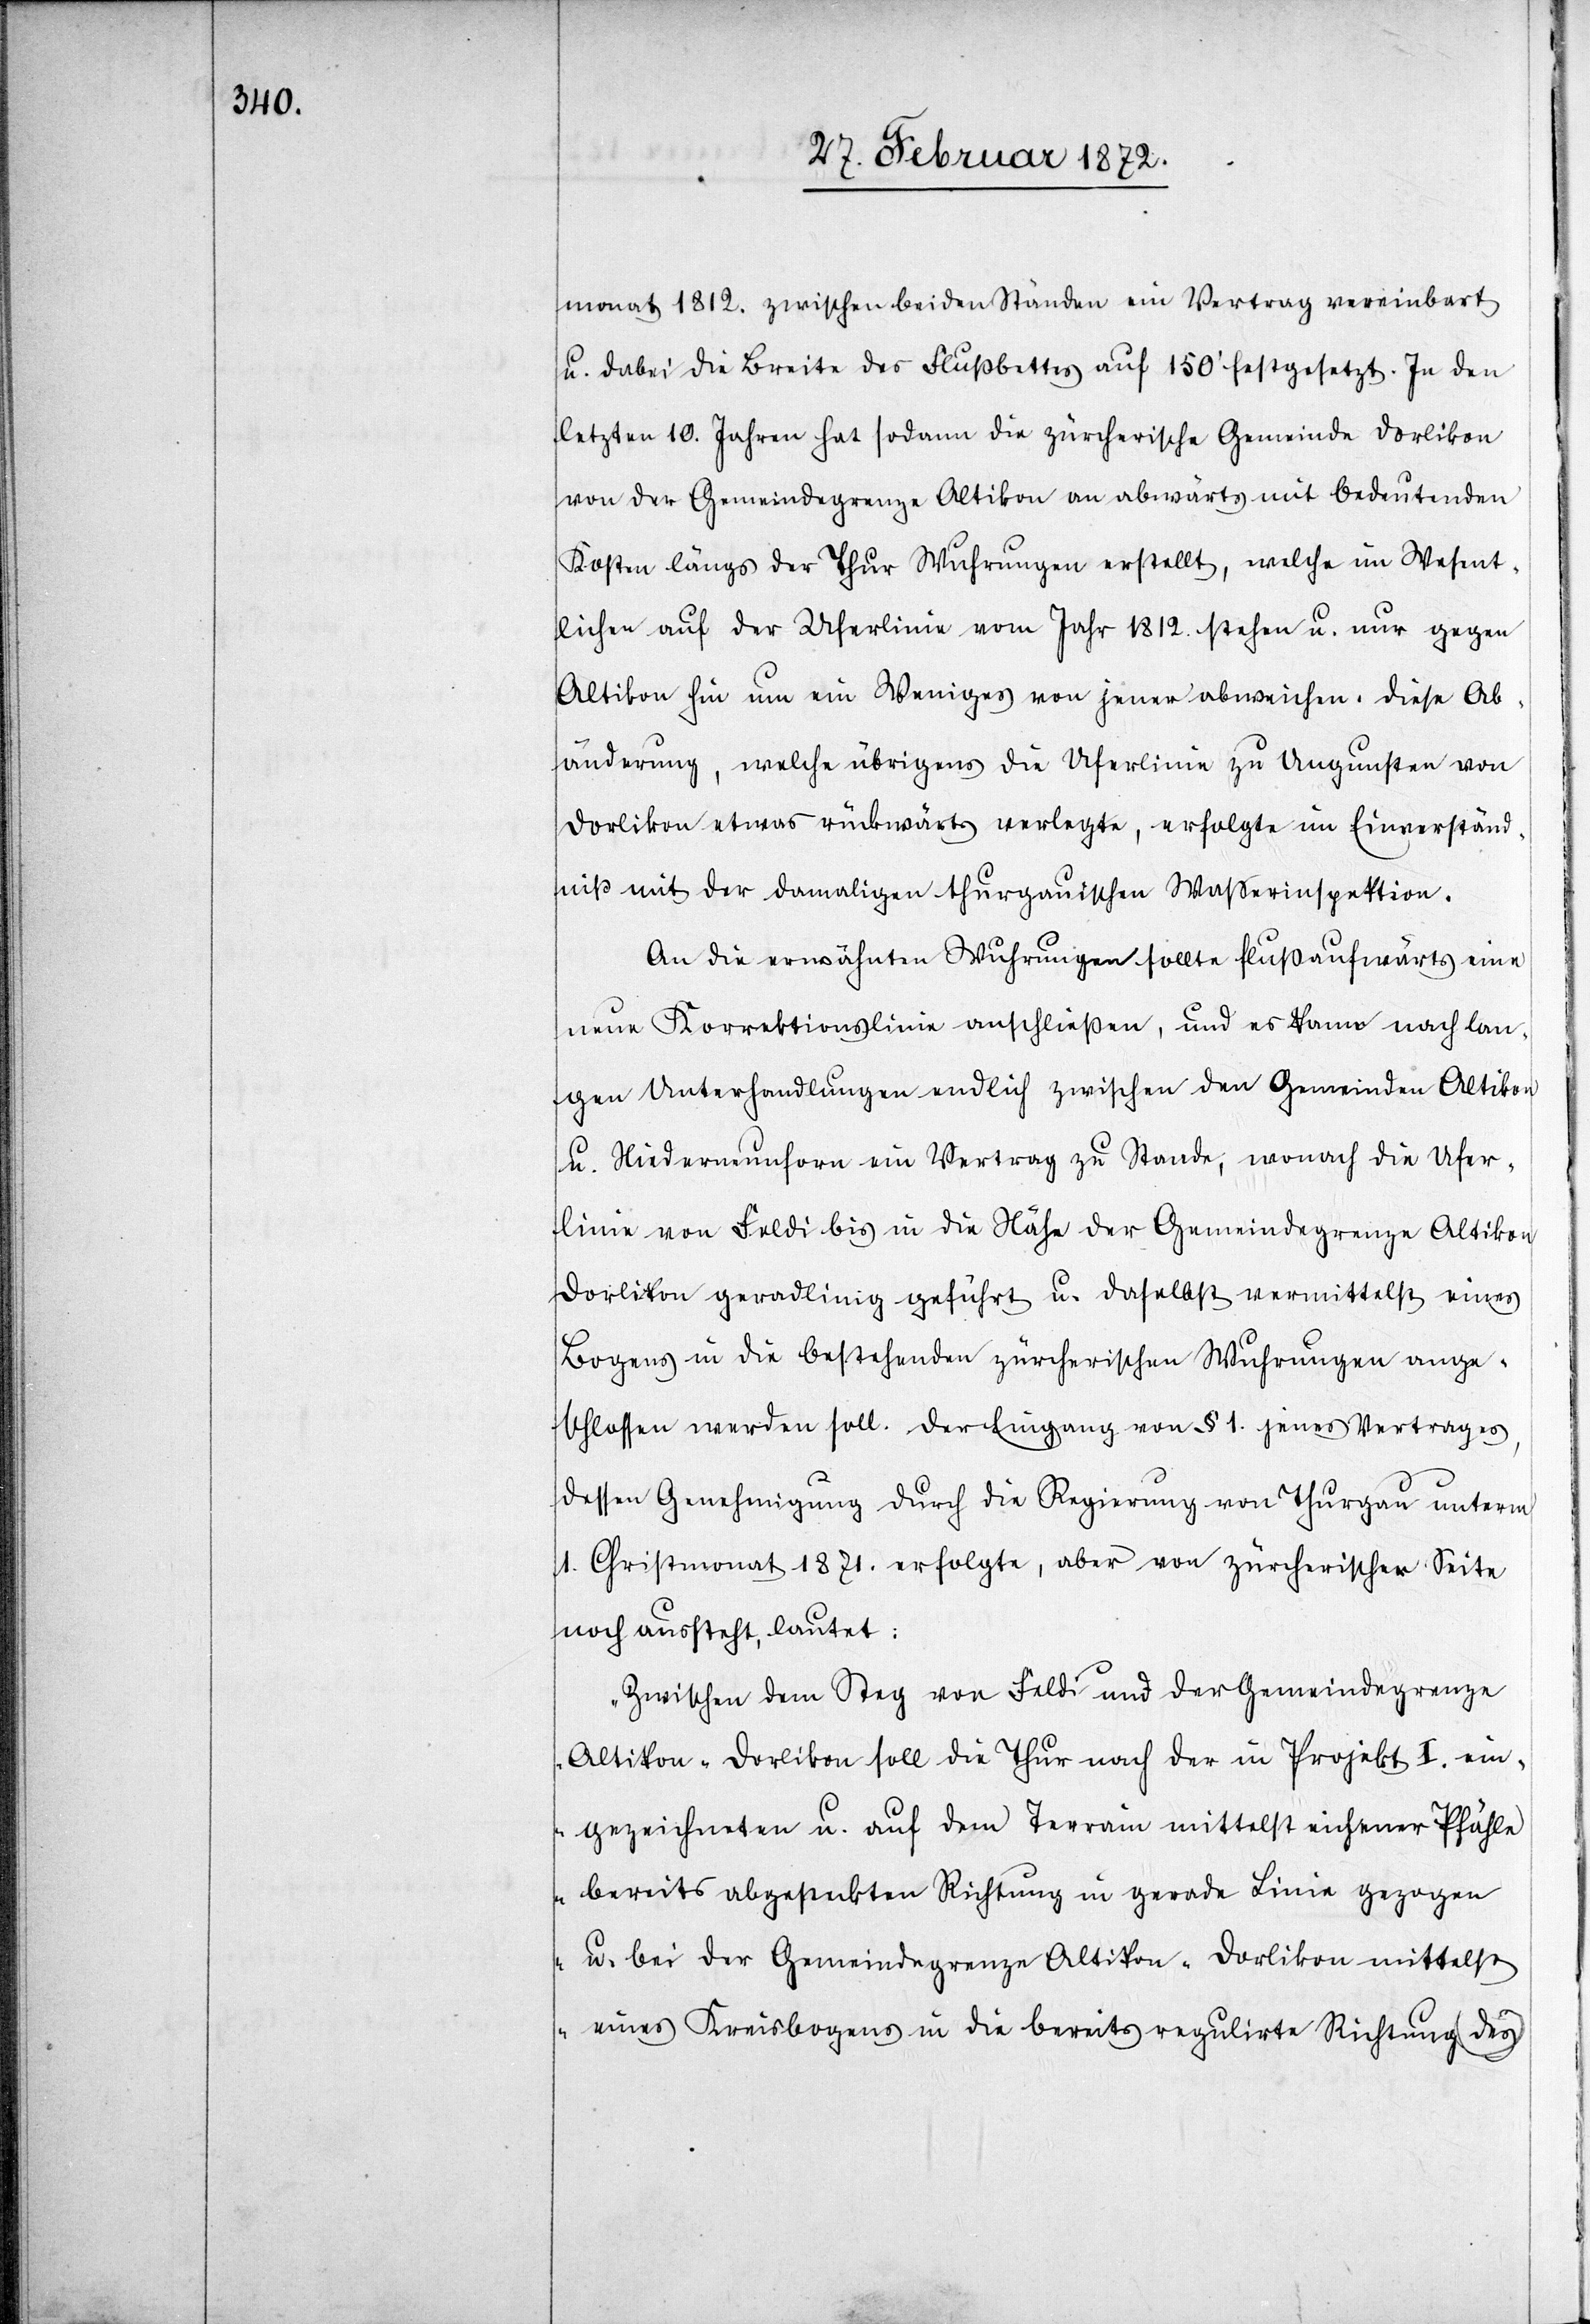
monat 1812. zwischen beiden Ständen ein Vertrag vereinbart
u. dabei die Breite des Flußbettes auf 150’ festgesetzt. In den
letzten 10. Jahren hat sodann die zürcherische Gemeinde Dorlikon
von der Gemeindegrenze Altikon an abwärts mit bedeutenden
Kosten längs der Thur Wuhrungen erstellt, welche im Wesent¬
lichen auf der Uferlinie vom Jahr 1812. stehen u. nur gegen
Altikon hin um ein Weniges von jener abweichen. Diese Ab¬
änderung, welche übrigens die Uferlinie zu Ungunsten von
Dorlikon etwas rückwärts verlegte, erfolgte im Einverständ¬
niß mit der damaligen thurgauischen Wasserinspektion.
An die erwähnten Wuhrungen sollte flußaufwärts eine
neue Korrektionslinie anschließen, und es kam nach lan¬
gen Unterhandlungen endlich zwischen den Gemeinden Altikon
u. Niederneunforn ein Vertrag zu Stande, wonach die Ufer¬
linie von Feldi bis in die Höhe der Gemeindegrenze Altiko¬
n[-]Dorlikon geradlinig geführt u. daselbst vermittelst eines
Bogens in die bestehenden zürcherischen Wuhrungen ange¬
schlossen werden soll. Der Eingang von § 1. jenes Vertrages,
dessen Genehmigung durch die Regierung von Thurgau unterm
1. Christmonat 1871. erfolgte, aber von zürcherischer Seite
noch aussteht, lautet:
„Zwischen dem Steg von Feldi und der Gemeindegrenze
Altikon-Dorlikon soll die Thur nach der in Projekt I. ein¬
gezeichneten u. auf dem Terrain mittelst eichener Pfähle
bereits abgesteckten Richtung in gerade Linie gezogen
u. bei der Gemeindegrenze Altikon-Dorlikon mittelst
eines Kreisbogens in die bereits regulirte Richtung des